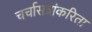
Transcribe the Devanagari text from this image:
चर्चासत्रांकरिता